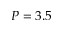
P = 3 . 5